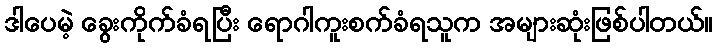
ဒါပေမဲ့ ခွေးကိုက်ခံရပြီး ရောဂါကူးစက်ခံရသူက အများဆုံးဖြစ်ပါတယ်။